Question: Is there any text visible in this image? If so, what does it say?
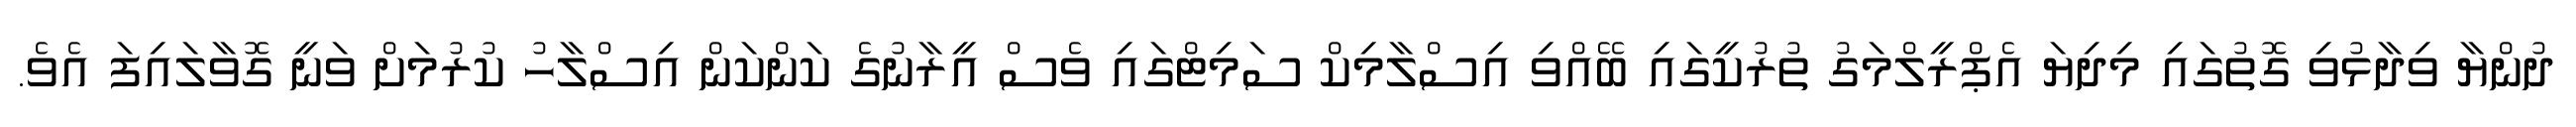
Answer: ދުންޔާ ވިދާޅުވި ގޮތުގައި މިދިޔަ އެޕްރީލްމަގު ތުރުކީގައި ބޭއްވި އިސްލާމިކް ސަމިޓްގައި ވެސް އީރާނުގެ ކަންކަން އިސްލާހު ކުރުމަށް ވަނީ ގޮވާލައިފަ އެވެ.